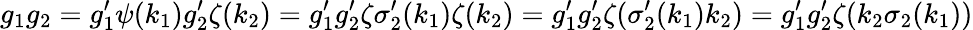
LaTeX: g_{1}g_{2}=g_{1}^{\prime}\psi(k_{1})g_{2}^{\prime}\zeta(k_{2})=g_{1}^{\prime}g_{2}^{\prime}\zeta\sigma_{2}^{\prime}(k_{1})\zeta(k_{2})=g_{1}^{\prime}g_{2}^{\prime}\zeta(\sigma_{2}^{\prime}(k_{1})k_{2})=g_{1}^{\prime}g_{2}^{\prime}\zeta(k_{2}\sigma_{2}(k_{1}))